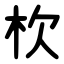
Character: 杴